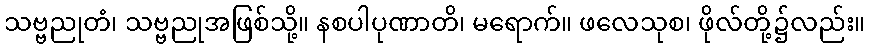
သဗ္ဗညုတံ၊ သဗ္ဗညုအဖြစ်သို့။ နစပါပုဏာတိ၊ မရောက်။ ဖလေသုစ၊ ဖိုလ်တို့၌လည်း။